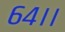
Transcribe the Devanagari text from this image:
६४।।